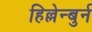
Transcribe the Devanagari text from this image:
हिल्लेन्बुर्न